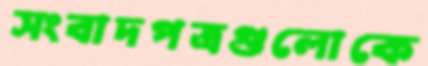
সংবাদপত্রগুলোকে